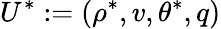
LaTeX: U^{\ast}:=(\rho^{\ast},v,\theta^{\ast},q)